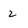
Character: 2